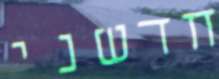
חדשני